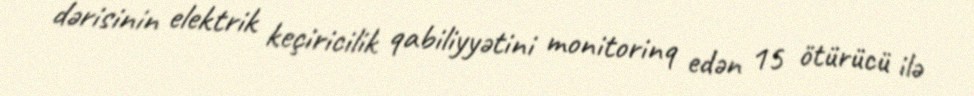
dərisinin elektrik keçiricilik qabiliyyətini monitorinq edən 15 ötürücü ilə